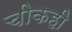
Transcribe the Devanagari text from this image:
चीकही